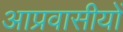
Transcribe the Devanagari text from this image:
आप्रवासीयों